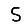
Digit: 5